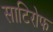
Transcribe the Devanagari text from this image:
साटिरोफ